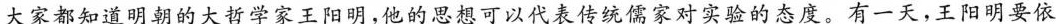
大家都知道明朝的大哲学家王阳明，他的思想可以代表传统儒家对实验的态度。有一天，王阳明要依